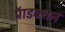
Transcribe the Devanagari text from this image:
प्रॅाडक्शन